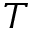
T